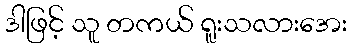
ဒါဖြင့် သူ တကယ် ရူးသလားအေး